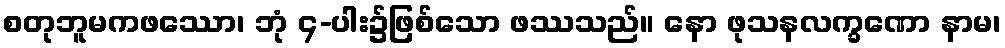
စတုဘူမကဖဿော၊ ဘုံ ၄-ပါး၌ဖြစ်သော ဖဿသည်။ နော ဖုသနလက္ခဏော နာမ၊